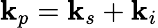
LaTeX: \textbf{k}_{p}=\textbf{k}_{s}+\textbf{k}_{i}